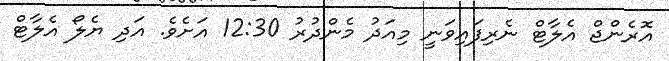
އޮރެންޖް އެލާޓް ނެރިފައިވަނީ މިއަދު މެންދުރު 12:30 އަށެވެ. އަދި ޔެލޯ އެލާޓް